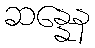
ဆန္နေန